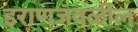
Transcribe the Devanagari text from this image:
इराणजवळील